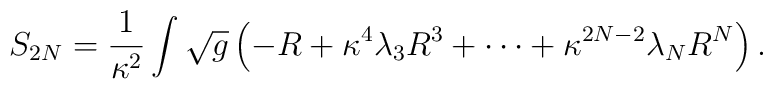
S_{2N}=\frac{1}{\kappa ^{2}}\int \sqrt{g}\left( -R+\kappa ^{4}\lambda_{3}R^{3}+\cdots +\kappa ^{2N-2}\lambda _{N}R^{N}\right) .